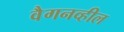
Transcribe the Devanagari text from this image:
वैगनव्हील